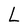
Character: L